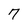
Character: 7